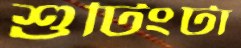
শুটিংটা